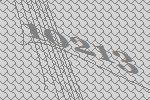
10213